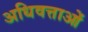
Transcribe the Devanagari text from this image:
अधिवत्ताओं